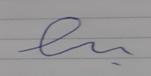
Signature authenticity: forged